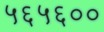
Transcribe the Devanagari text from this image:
५६५६००